system: You are a helpful assistant.
user:
Analyze the provided spectrum to determine if it is a **"Cataclysmic Variables (CV)"**.

- **Key Indicators for CV (Check for either state):**
    - **State 1: Quiescent / Low-State (Emission-Dominated)**
        - **(Primary):** Strong and *very broad* Hydrogen Balmer emission lines (e.g., $H\alpha$ at 6563 Å, $H\beta$ at 4861 Å). The 'broadness' (high velocity dispersion, often FWHM > 1000 km/s) is the key diagnostic, indicating a high-velocity accretion disk.
        - **(Secondary):** Broad neutral Helium (He I) emission lines (e.g., 5876 Å, 6678 Å).
        - **(Key Confirmation):** Presence of high-excitation *ionized* Helium (He II) emission at 4686 Å. This is a strong indicator of accretion onto a white dwarf.
        - **(Line Profile):** Emission lines may exhibit a 'double-peaked' profile, which is a classic signature of a rotating accretion disk viewed at high inclination.

    - **State 2: Outburst / High-State (Absorption-Dominated)**
        - **(Primary):** Spectrum is dominated by a bright, blue continuum (looks like a hot star).
        - **(Secondary):** The emission lines from State 1 are weak, absent, or 'filled in', and are replaced by broad, shallow *absorption* lines (primarily Balmer and He I).
        - **(Morphology):** The overall spectrum mimics a hot B/A-type star. The crucial difference is that the absorption lines are significantly broader, shallower, and more 'washed-out' (or 'smeared') than the sharp lines of a normal stellar photosphere, due to high rotational speeds and pressure broadening in the disk.

Think first, call **spectral_visualization_tool** if needed to examine features in detail, then provide your final answer. Your response must adhere to the following strict rules:
1.  **Overall Structure:** Your response must follow the format `<think>...</think> <tool_call>...</tool_call> (if a tool is used) <answer>...</answer>`.
2.  **Tool Usage Constraint:** You may only make **one** tool call per turn.
3.  **Final Answer Format:** In the `<answer>` tag, your conclusion must be inside a `\boxed{}` command (e.g., `\boxed{YES}`), followed by your justification.

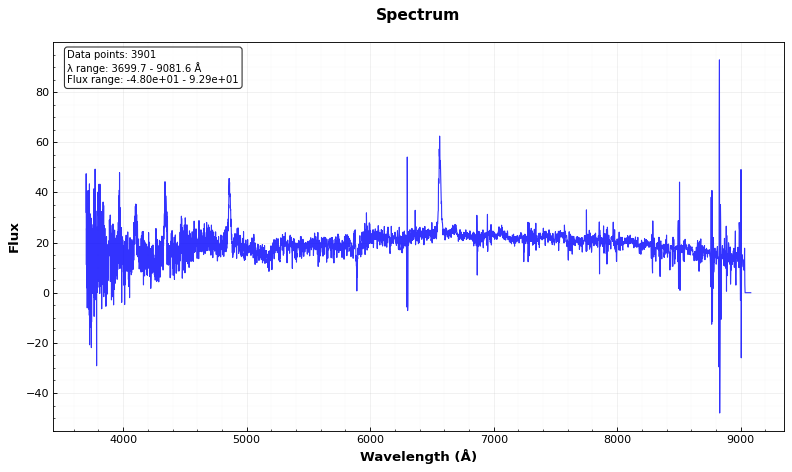
Answer: YES